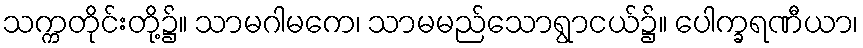
သက္ကတိုင်းတို့၌။ သာမဂါမကေ၊ သာမမည်သောရွာငယ်၌။ ပေါက္ခရဏီယာ၊